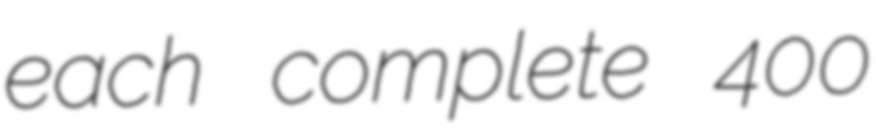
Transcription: each complete 400